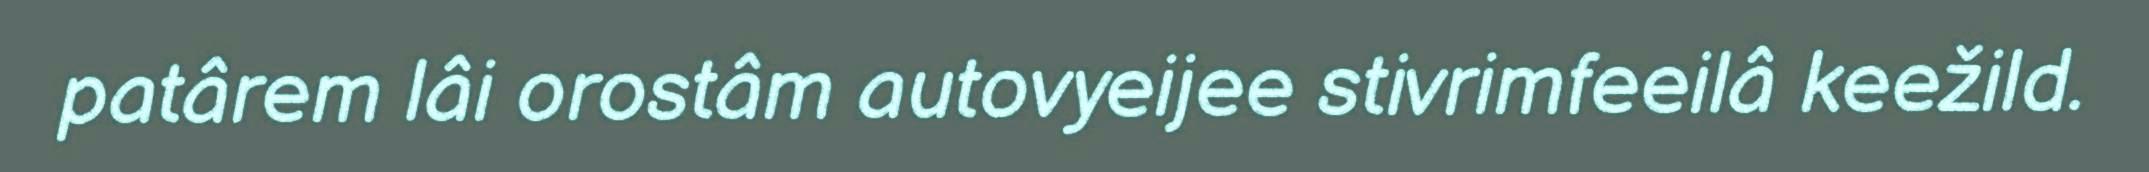
patârem lâi orostâm autovyeijee stivrimfeeilâ keežild.